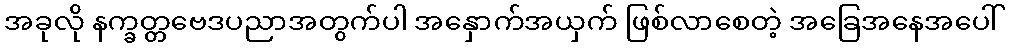
အခုလို နက္ခတ္တဗေဒပညာအတွက်ပါ အနှောက်အယှက် ဖြစ်လာစေတဲ့ အခြေအနေအပေါ်